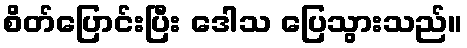
စိတ်ပြောင်းပြီး ဒေါသ ပြေသွားသည်။